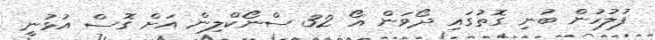
ފުލުހުން ބުނި ގޮތުގައި ދޯވަން އޯ 32 ސްނޯކްލިން އަށް ގޮސް އުޅުނީ